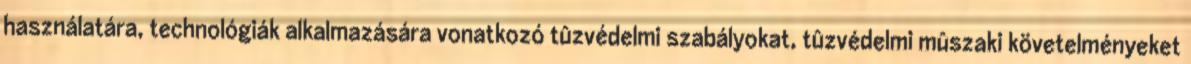
használatára, technológiák alkalmazására vonatkozó tûzvédelmi szabályokat, tûzvédelmi mûszaki követelményeket